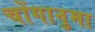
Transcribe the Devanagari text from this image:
चोंगानुमा